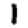
Digit: 1